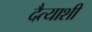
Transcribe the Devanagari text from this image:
दैत्याशी